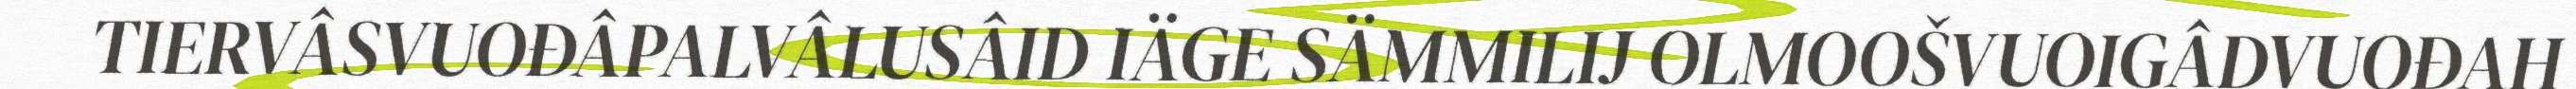
TIERVÂSVUOĐÂPALVÂLUSÂID IÄGE SÄMMILIJ OLMOOŠVUOIGÂDVUOĐAH